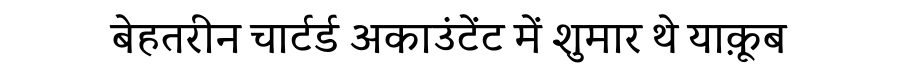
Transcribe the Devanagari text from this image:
बेहतरीन चार्टर्ड अकाउंटेंट में शुमार थे याक़ूब